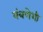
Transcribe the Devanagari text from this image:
यंत्रणेशी